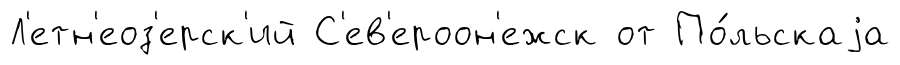
Л'етн'еоз'ерск'ий С'ев'ероон'ежск от По́льскаjа